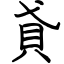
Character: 貣